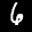
Label: 6